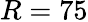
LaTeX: R=75